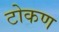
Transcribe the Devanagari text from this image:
टोकण